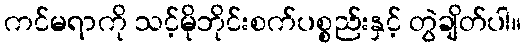
ကင်မရာကို သင့်မိုဘိုင်းစက်ပစ္စည်းနှင့် တွဲချိတ်ပါ။